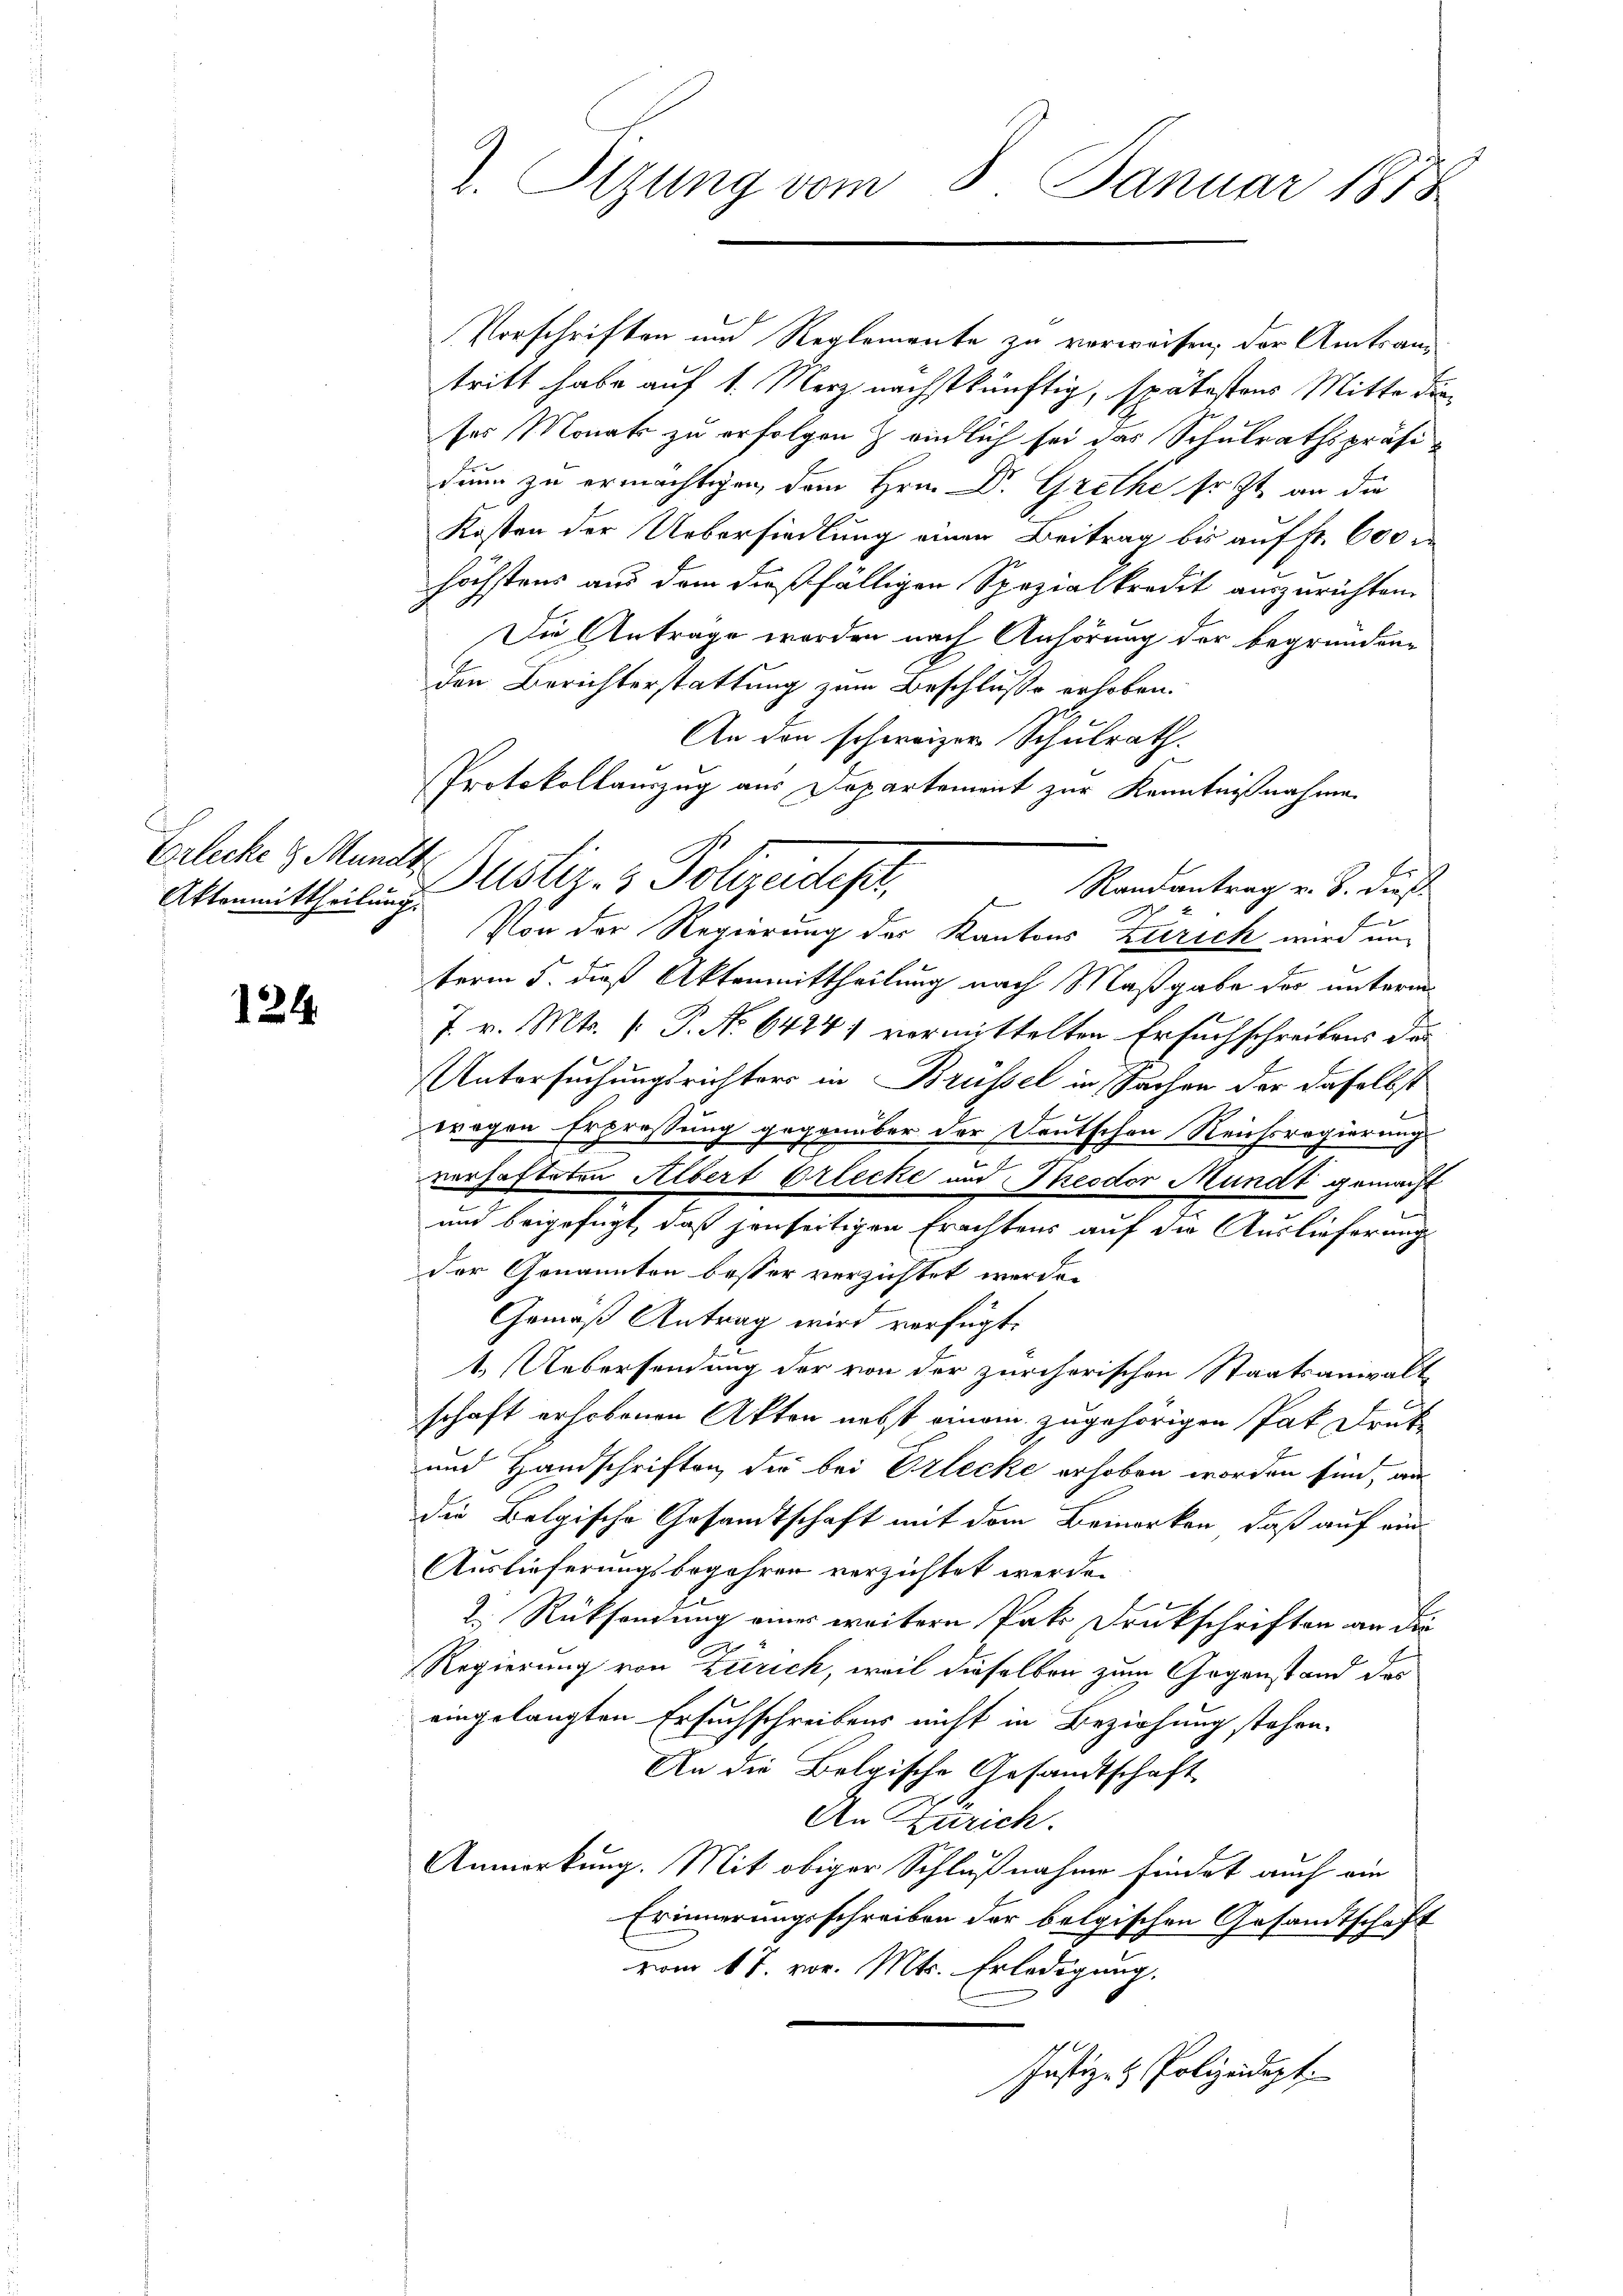
Erlecke & Munds
Aktenmittheilung.

124.

Vorschriften und Reglemente zu verweisen, der Amtsantritt habe auf 1. Merz nächstkünftig, spätestens Mitte die
ses Monats zu erfolgen & einlich sei das Schulrathspräsidum zu ermächtigen, dem Hrn. Dr. Grethe sr. Zt. an die
Kosten der Uebersiedlung einen Beitrag bis auf fr. 600 r
höchstens aus dem dießfälligen Spezialkredit auszurichten.
Die Antrage worden nach Anhörung der begründen-
den Berichterstattung zum Beschluße erhoben.
An den schweizer Schulrath.
Protokollauszug aus Departement zur Kenntnißnahme
Randantrag v. B. dieß
Von der Regierung des Kantons Zürich wird unterm 5. dieß Aktenmittheilung nach Maßgabe der unterm
7. v. Mts. [ P. No 6424) vermittelten Ersuchschreibens der
Untersuchungsrichters in Brüssel in Sachen der daselbst
l
wrogen Erpressung gegenüber der Deutschon Reichsregierung
verhafteten Albert Orlecke und Theodor Mundt gemacht
und beigefügt, daß jenseitigen Erachtens auf die Auslieferung
der Genannten besser verzichtet werde.
Gemäß Antrag wird verfügt:
1. Uebersendung der von der zürcherischen Staatsanwalt
schaft erhobenen Akten nebst einem zugehörigen Pak Druk-
und Handschriften, die bei Erlecke erhoben worden sind, an
die Belgische Gesandtschaft mit dem Bemerken, daß auf ein¬
Auslieferungsbegehren verzichtet werde.
2. Rücksendung einer weitern Pakr Druckschriften an die
Regierung von Zürich, weil dieselben zum Gegenstand des
eingelangten Ersuchschreibens nicht in Beziehung stehen.
An die Belgische Gesandtschaft
An Zürich.
Anmerkung. Mit obiger Schlußnahme findet auch ein
Erinnerungsschreiben der belgischen Gesandtschaft
vom 17. vor. Mts. Erledigung.
Justiz- & Polizeidigt.

2. Sizung vom 8. Januar 1818

Justiz- & Polizeides,